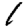
Digit: 1